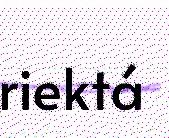
riektá